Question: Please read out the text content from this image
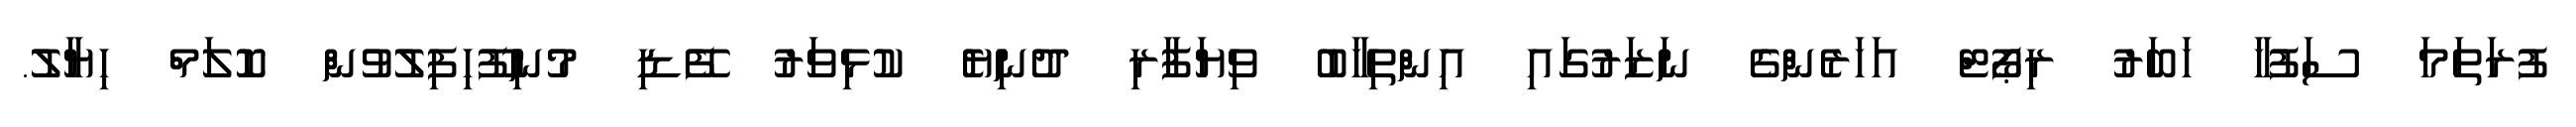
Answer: ފުރަތަމަ ސަފުހާ ހަބަރު ރިޕޯޓް އަހަރެންގެ ނަޒަރުގައި އިންތިހާބު ވިޔަފާރި ދުނިޔެ ކުޅިވަރު ފޭޑި މުނިފޫހިފިލުވުން ކޮލަމް ހިޔާލު.